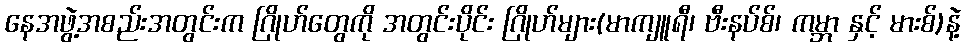
နေအဖွဲ့အစည်းအတွင်းက ဂြိုဟ်တွေကို အတွင်းပိုင်း ဂြိုဟ်များ(မာကျူရီ၊ ဗီးနပ်စ်၊ ကမ္ဘာ နှင့် မားစ်)နဲ့